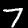
Label: 7